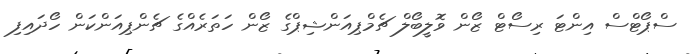
ސްޕޯޓްސް އިންޓަ ރިސޯޓް ޒޯން ވޮލީބޯލް ޗެމްޕިއަންޝިޕްގެ ޒޯން ހަތަރެއްގެ ޗެންޕިއަންކަން ހޯދައިފި